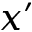
x ^ { \prime }